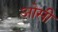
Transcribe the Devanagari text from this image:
ओसी